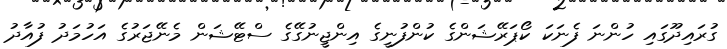
ގުރައިދޫގައި ހުންނަ ފެނަކަ ކޯޕަރޭޝަންގެ ކުންފުނީގެ އިންޖީނުގޭގެ ސްޓޭޝަން މެނޭޖަރުގެ އަހުމަދު ފުއާދު